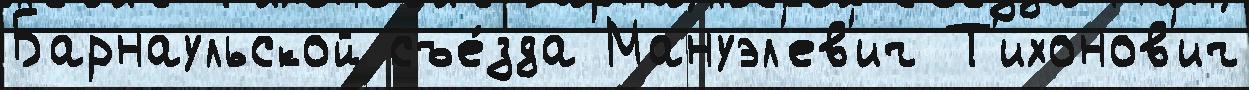
Барнаульской съе́зда Мануэл'ев'ич Т'ихонов'ич